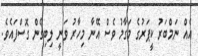
އެއް ނަމްބަރު ކީޕަރުގެ މަގާމު ވެސް އޭނާ މިހާރު ވަނީ ލިބިގެން ގޮސްފައެވެ.